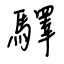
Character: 驛